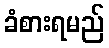
ခံစားရမည်